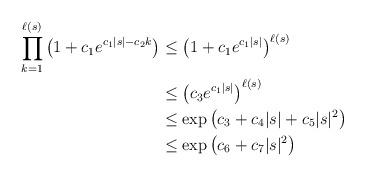
LaTeX: \begin{align*}\prod_{k=1}^{\ell(s)} \left( 1 + c_1e^{c_1|s|-c_2k} \right) & \leq \left( 1 + c_1e^{c_1|s|}\right)^{\ell(s)}\\& \leq \left( c_3 e^{c_1|s|}\right)^{\ell(s)}\\& \leq \exp\left( c_3 + c_4 |s| + c_5 |s|^2\right)\\& \leq \exp\left( c_6 + c_7 |s|^2 \right)\end{align*}